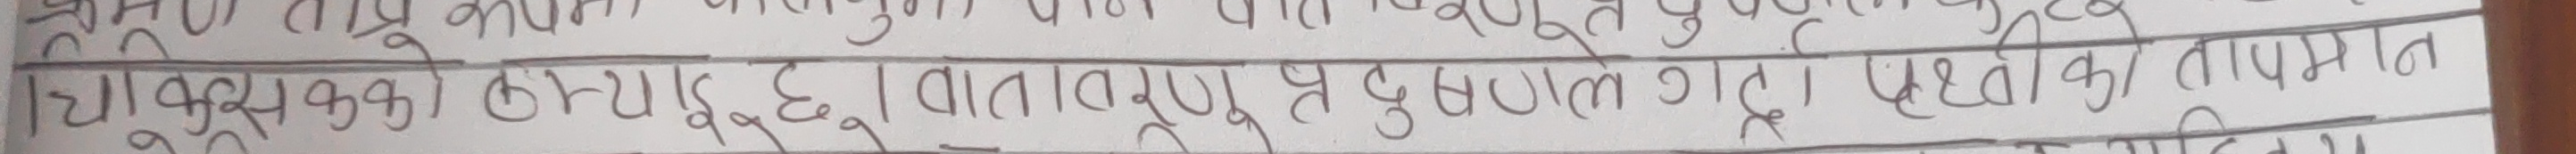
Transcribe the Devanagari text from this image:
धौकरसक्ककै छ्याङ्गगछु। वातावरण प्रदूषण घटुला छ। स्थानीयको तापमान